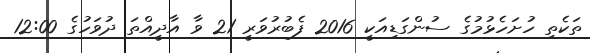
ތަކެތި ހުށަހެޅުމުގެ ސުންގަޑިއަކީ 2016 ފެބުރުވަރީ 21 ވާ އާދީއްތަ ދުވަހުގެ 12:00